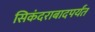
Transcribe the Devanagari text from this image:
सिकंदराबादपर्यंत